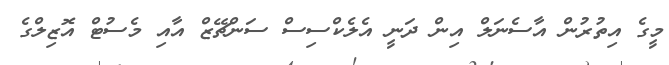
މީގެ އިތުރުން އާސެނަލް އިން ދަނީ އެލެކްސިސް ސަންޗޭޒް އާއި މެސުޓް އޮޒިލްގެ